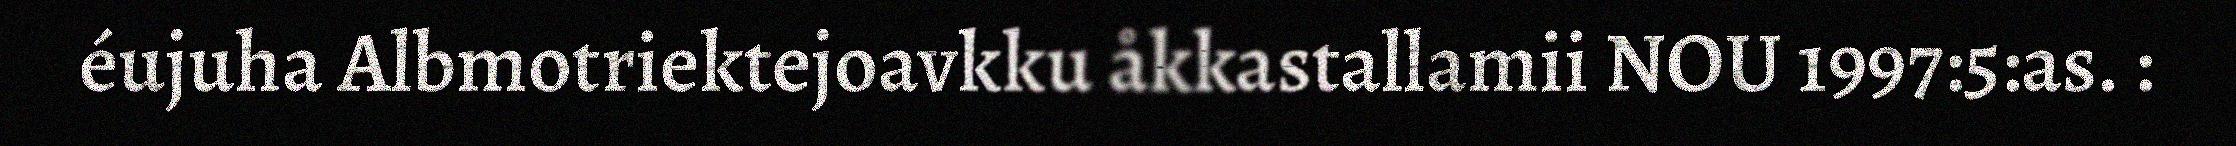
éujuha Albmotriektejoavkku åkkastallamii NOU 1997:5:as. :